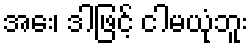
အေး၊ ဒါဖြင့် ငါမယုံဘူး